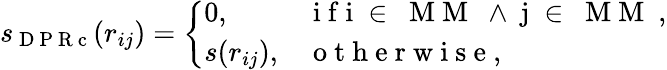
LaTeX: s_{\mathrm{~D~P~R~c~}}(r_{ij})=\left\{ \begin{array}{ll}{0,}&{\mathrm{~i~f~i~\in~\mathrm{~M~M~}~\land~j~\in~\mathrm{~M~M~}~},}\\ {s(r_{ij}),}&{\mathrm{~o~t~h~e~r~w~i~s~e~},}\end{array}\right.